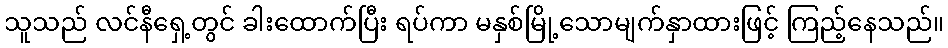
သူသည် လင်နီရှေ့တွင် ခါးထောက်ပြီး ရပ်ကာ မနှစ်မြို့သောမျက်နှာထားဖြင့် ကြည့်နေသည်။